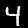
Digit: 4